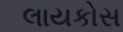
લાયકોસ